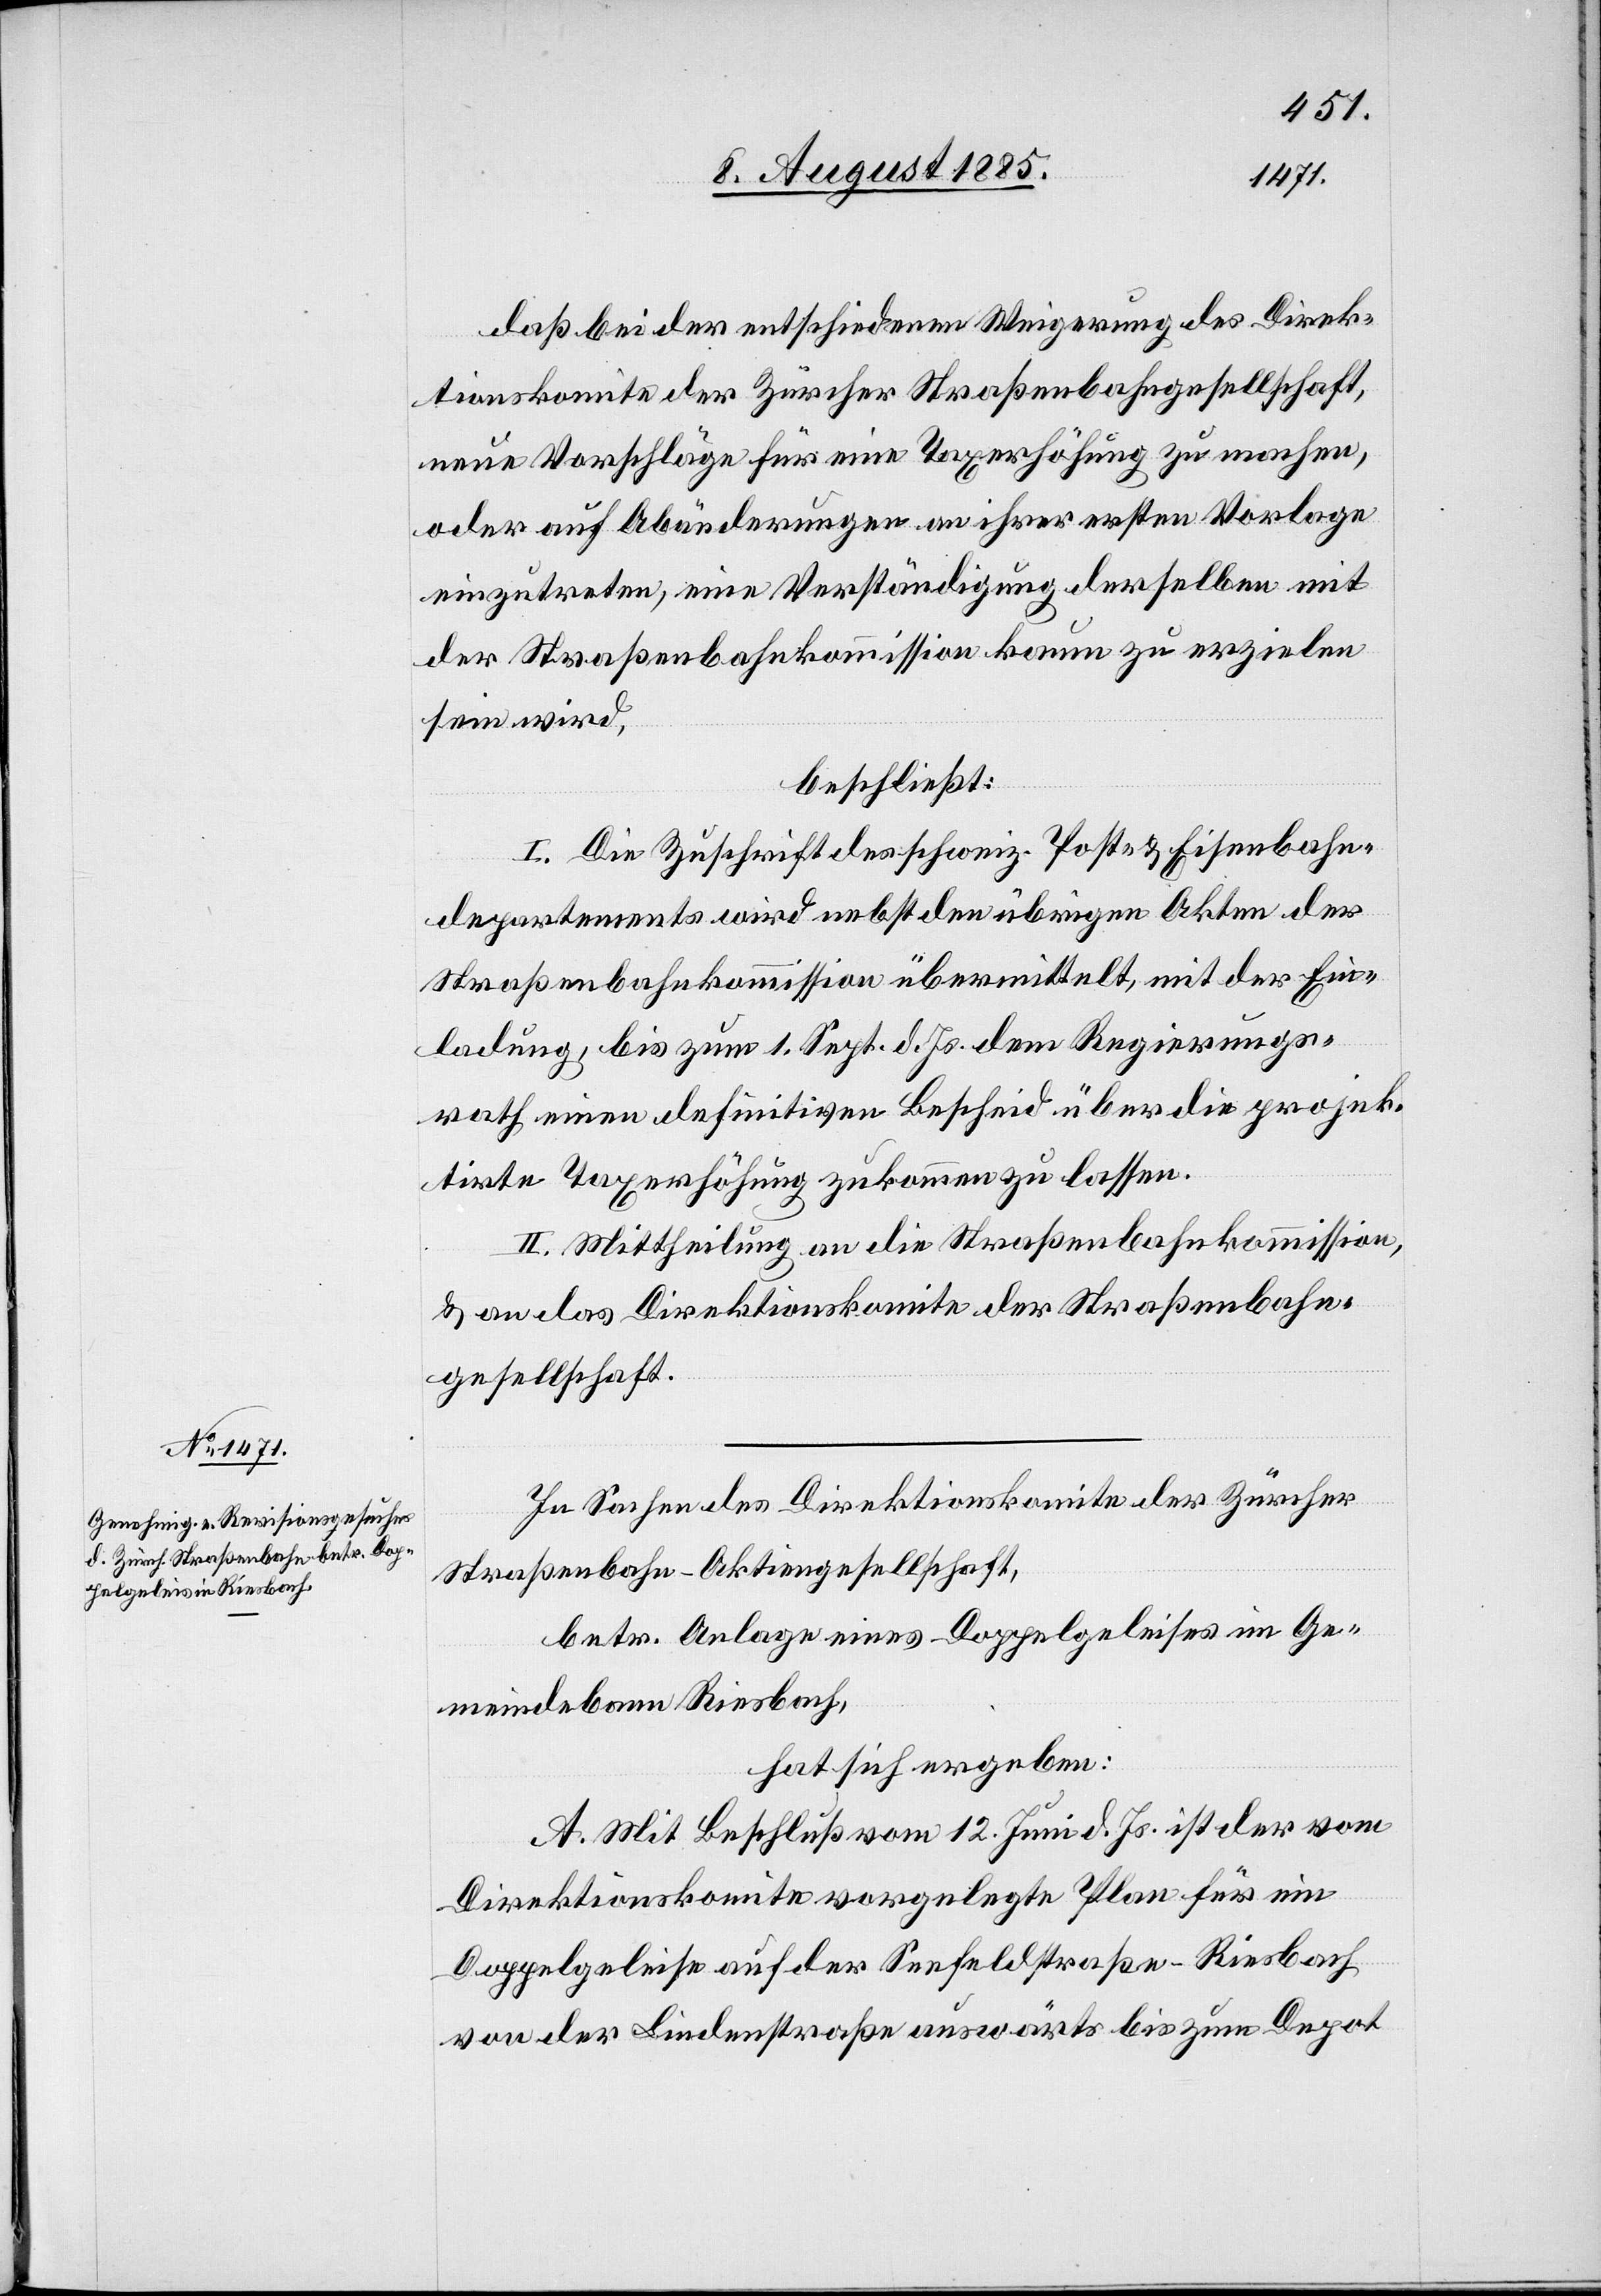
daß bei der entschiedenen Weigerung des Direk¬
tionskomite der Zürcher Straßenbahngesellschaft
neue Vorschläge für eine Taxerhöhung zu machen,
oder auf Abänderungen an ihrer ersten Vorlage
einzutreten, eine Verständigung derselben mit
der Straßenbahnkommission kaum zu erzielen
sein wird,
beschließt:
I. Die Zuschrift des schweiz. Post- & Eisenbahn¬
departements wird nebst den übrigen Akten der
Straßenbahnkommission übermittelt, mit der Ein¬
ladung, bis zum 1. Sept. d. Js. dem Regierungs¬
rath einen definitiven Bescheid über die projek¬
tirte Taxerhöhung zukommen zu lassen.
II. Mittheilung an die Straßenbahnkommission,
& an das Direktionskomite der Straßenbahn¬
gesellschaft.
In Sachen des Direktionskomite der Zürcher
Straßenbahn-Aktiengesellschaft,
betr. Anlage eines Doppelgeleises im Ge¬
meindebann Riesbach,
hat sich ergeben:
A. Mit Beschluß vom 12. Juni d. Js. ist der vom
Direktionskomite vorgelegte Plan für ein
Doppelgeleise auf der Seefeldstraße - Riesbach
von der Lindenstraße auswärts bis zum Depot